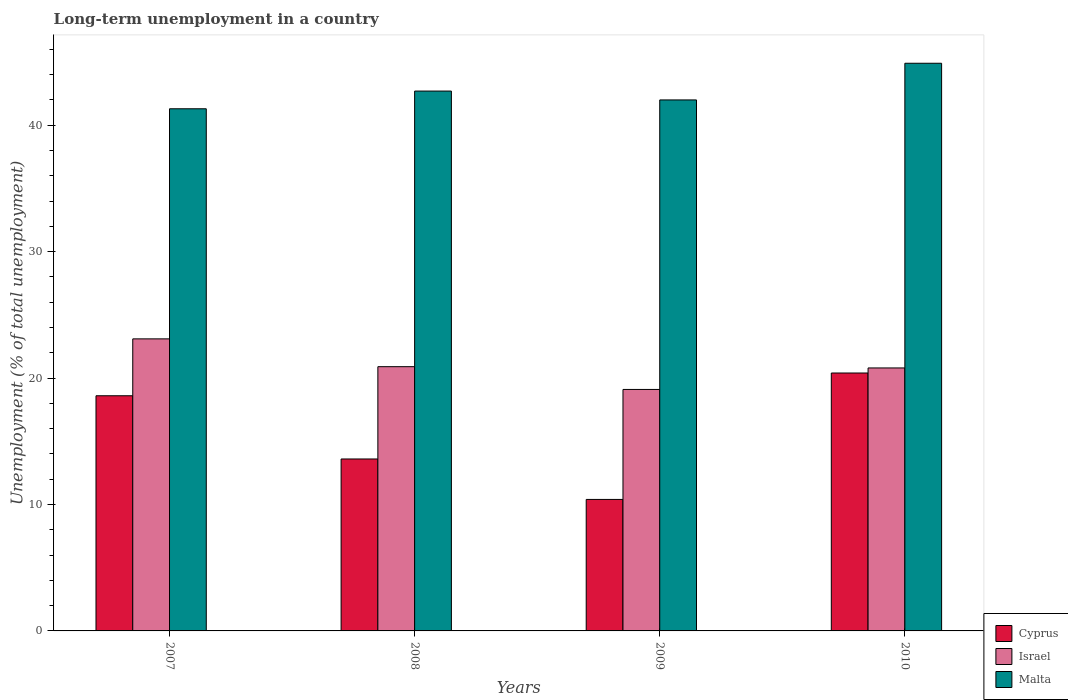
| Years | Cyprus | Israel | Malta |
 | --- | --- | --- | --- |
 | 2007 | 18.6 | 23.1 | 41.3 |
 | 2008 | 13.6 | 20.9 | 42.7 |
 | 2009 | 10.4 | 19.1 | 42 |
 | 2010 | 20.4 | 20.8 | 44.9 |